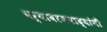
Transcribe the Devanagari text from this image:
पर्यावरणवाद्यांनी